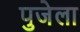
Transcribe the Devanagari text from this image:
पुजेला